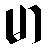
မာ